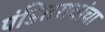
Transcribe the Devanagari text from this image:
पंडितरावांचा